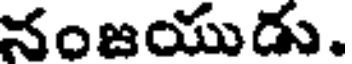
నంజయుడు.